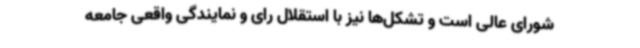
شورای عالی است و تشکل‌ها نیز با استقلال رای و نمایندگی واقعی جامعه